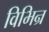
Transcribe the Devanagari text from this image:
विभिन्र